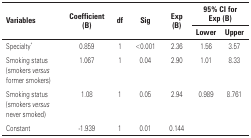
<table><thead><tr><td rowspan="2"><b>Variables</b></td><td rowspan="2"><b>Coefficient (B)</b></td><td rowspan="2"><b>df</b></td><td rowspan="2"><b>Sig</b></td><td rowspan="2"><b>Exp (B)</b></td><td colspan="2"><b>95% CI for Exp (B)</b></td></tr><tr><td><b>Lower</b></td><td><b>Upper</b></td></tr></thead><tbody><tr><td>Specialty*</td><td>0.859</td><td>1</td><td>&lt;0.001</td><td>2.36</td><td>1.56</td><td>3.57</td></tr><tr><td>Smoking status (smokers <i>versus</i> former smokers)</td><td>1.067</td><td>1</td><td>0.04</td><td>2.90</td><td>1.01</td><td>8.33</td></tr><tr><td>Smoking status (smokers <i>versus</i> never smoked)</td><td>1.08</td><td>1</td><td>0.05</td><td>2.94</td><td>0.989</td><td>8.761</td></tr><tr><td>Constant</td><td>-1.939</td><td>1</td><td>0.01</td><td>0.144</td><td></td><td></td></tr></tbody></table>